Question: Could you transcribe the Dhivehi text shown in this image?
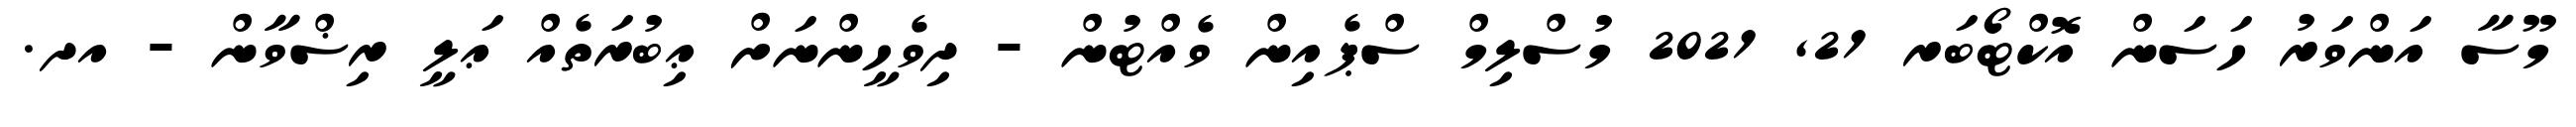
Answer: މޫސާ އަންވަރު ހަސަން އޮކްޓޯބަރ 21, 2021 މުސްލިމް ސްޕެއިން ވެއްޓުން - ދިވެހީންނަށް ޢިބުރަތެއް ޢަލީ ރިޟްވާން - އދ.